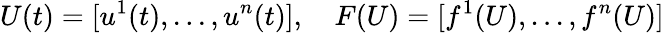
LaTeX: U(t)=[u^{1}(t),...,u^{n}(t)],\quad F(U)=[f^{1}(U),...,f^{n}(U)]